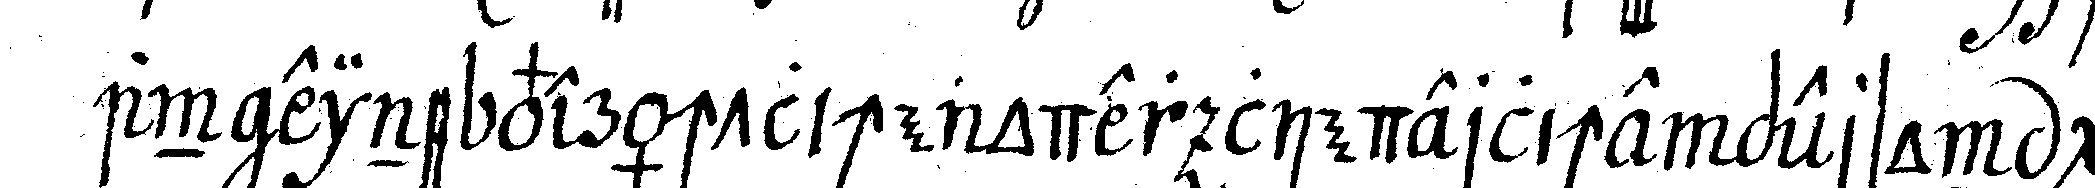
an eine verächtlicheaoder liederliche person ge